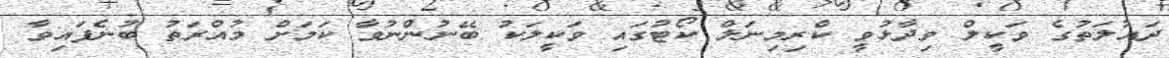
ދައުލަތުގެ ވަކީލް ވިދާޅުވީ ކްރިމިނަލް ކޯޓުގައި ވަކީލަކު ބޭނުންނުވާ ކަމަށް މުއްރަތު ބުނެފައިވާ